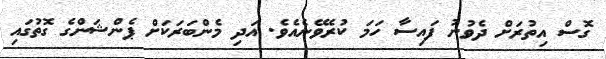
ގޮސް އިތުރަށް ދެވުނު ފައިސާ ހަމަ ކުރެވޭނެއެވެ. އަދި މެންބަރަކަށް ޕެންޝަންގެ ގޮތުގައި